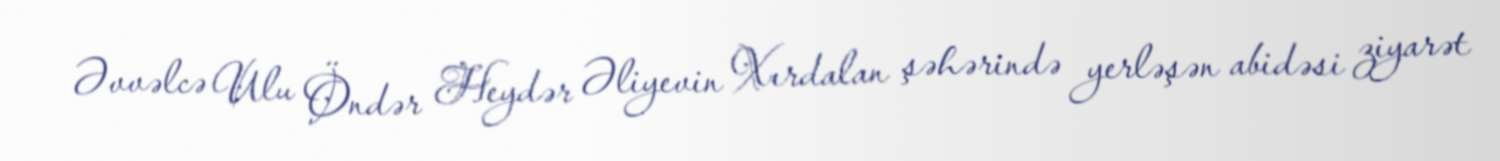
Əvvəlcə Ulu Öndər Heydər Əliyevin Xırdalan şəhərində yerləşən abidəsi ziyarət